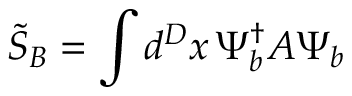
\widetilde { S } _ { B } = \int d ^ { D } x \, \Psi _ { b } ^ { \dagger } A \Psi _ { b }